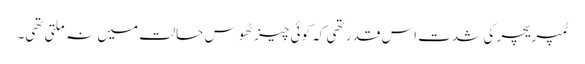
ٹمپریچر کی شدت اس قدر تھی کہ کوئی چیز ٹھوس حالت میں نہ ملتی تھی۔